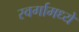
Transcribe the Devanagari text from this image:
स्वर्गामध्ये